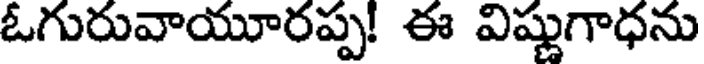
ఓగురువాయూరప్ప! ఈ విష్ణుగాధను